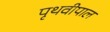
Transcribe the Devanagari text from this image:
पृथवीपाल